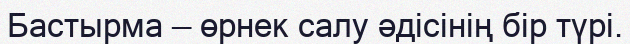
Бастырма — өрнек салу әдісінің бір түрі.